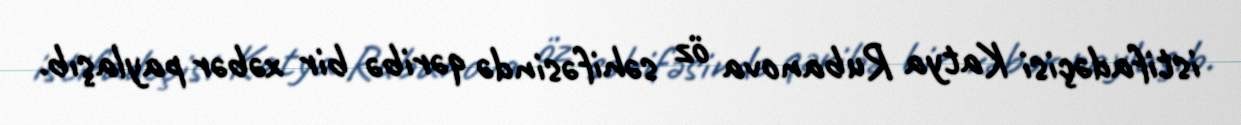
istifadəçisi Katya Rubanova öz səhifəsində qəribə bir xəbər paylaşıb.